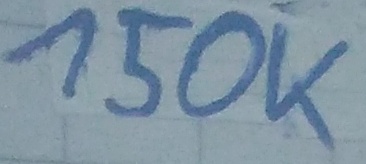
Text: 150K